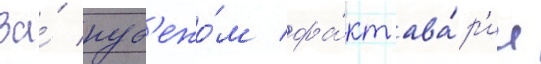
За́ руб'ежо́м фа́кт ава́р'ии